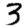
Digit: 3